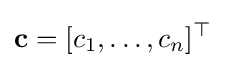
\mathbf {c} =[c_{1},\ldots ,c_{n}]^{\top }